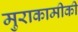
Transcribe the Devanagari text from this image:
मुराकामीकी